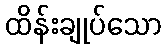
ထိန်းချုပ်သော